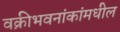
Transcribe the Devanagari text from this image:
वक्रीभवनांकांमधील